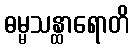
ဓမ္မသန္ထာရောတိ